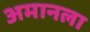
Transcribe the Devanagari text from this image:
अमानला